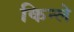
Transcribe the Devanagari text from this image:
किन्ले